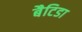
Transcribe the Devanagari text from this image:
बैटिडा